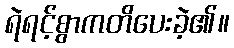
ရဲရင့်စွာကတိပေးခဲ့၏။